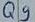
Text: Q9